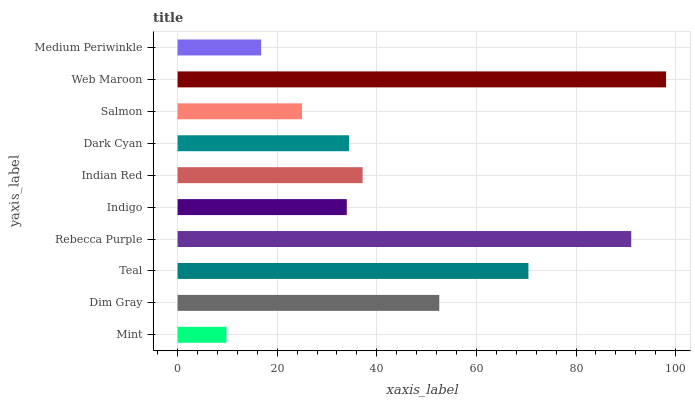
| yaxis_label | bars |
 | --- | --- |
 | Mint | 9.83 |
 | Dim Gray | 52.5 |
 | Teal | 70.4 |
 | Rebecca Purple | 91.1 |
 | Indigo | 34 |
 | Indian Red | 37.1 |
 | Dark Cyan | 34.4 |
 | Salmon | 25 |
 | Web Maroon | 98.1 |
 | Medium Periwinkle | 16.8 |